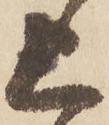
上